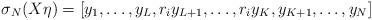
LaTeX: \begin{align*}\sigma_N (X \eta ) = [y_1 , \ldots , y_{L} , r_i y_{L+1} , \ldots , r_i y_K , y_{K+1} , \ldots , y_N]\end{align*}